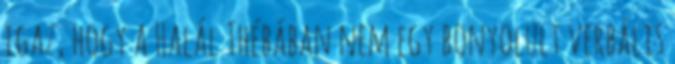
igaz, hogy a Halál Thébában nem egy bonyolult verbális